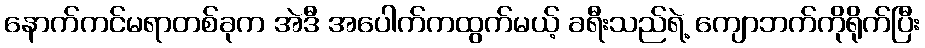
နောက်ကင်မရာတစ်ခုက အဲဒီ အပေါက်ကထွက်မယ့် ခရီးသည်ရဲ့ ကျောဘက်ကိုရိုက်ပြီး